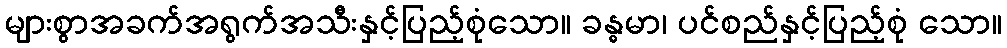
များစွာအခက်အရွက်အသီးနှင့်ပြည့်စုံသော။ ခန္ဓမာ၊ ပင်စည်နှင့်ပြည့်စုံ သော။